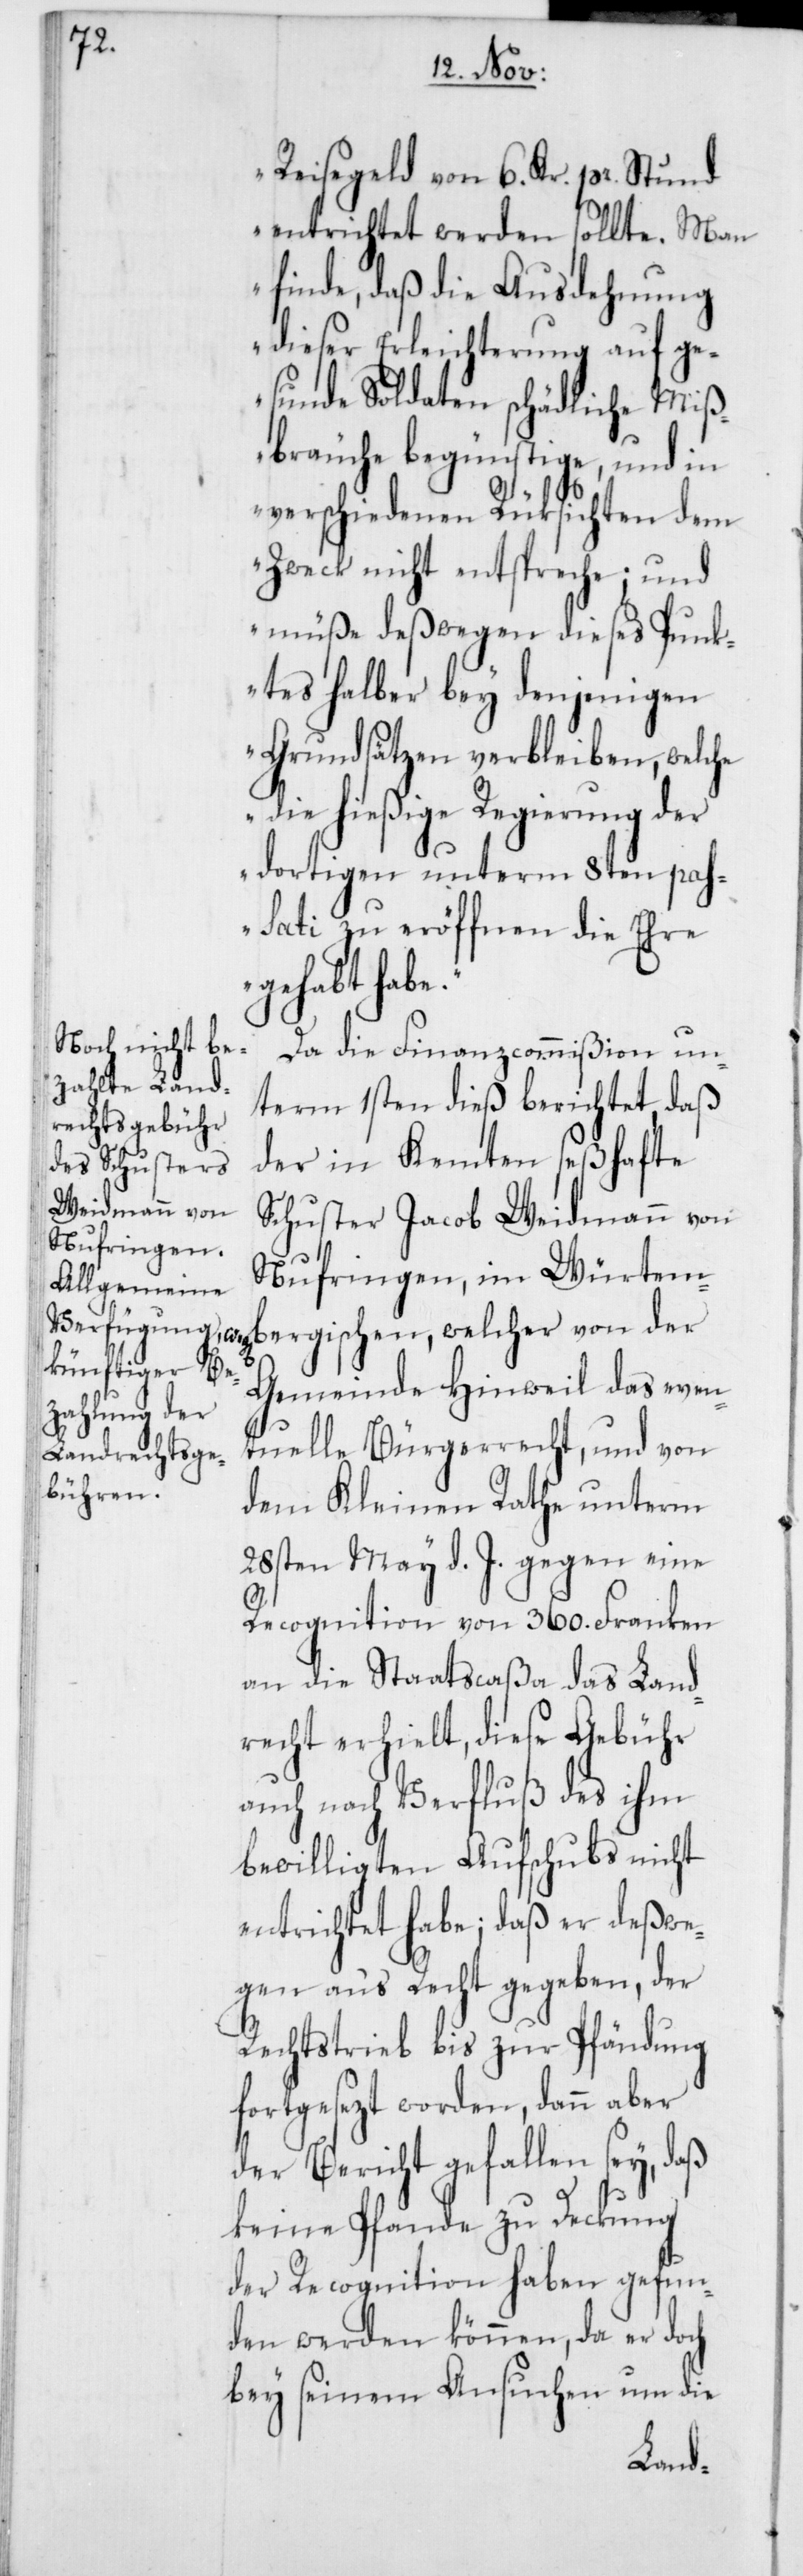
Reisegeld von 6. Kr. p. Stund
entrichtet werden sollte. Man
finde, daß die Ausdehnung
dieser Erleichterung auf ge¬
sunde Soldaten schädliche Miß¬
bergischen, welcher von der
verschiedenen Rüksichten dem
Zweck nicht entspreche; und
müße deßwegen dieses Punk¬
tes halber bey denjenigen
Grundsätzen verbleiben, welche
die hießige Regierung der
dortigen unterm 8ten pa¬
ssati zu eröffnen die Ehre
gehabt habe.“
Da die Finanzcommißion un¬
term 1sten dieß berichtet, daß
der in Kempten seßhafte
Schuster Jacob Weidmann von
Nufringen im Würtem¬
Gemeinde Hinweil das event¬
uelle Bürgerrecht, und von
dem Kleinen Rathe unterm
28sten May d. J. gegen eine
Recognition von 360. Franken
an die Staatscaßa das Land¬
recht erhielt, diese Gebühr
auch nach Verfluß des ihm
bewilligten Aufschubs nicht
entrichtet habe; daß er deßwe¬
gen an‘s Recht gegeben, der
Rechtstrieb bis zur Pfändung
fortgesezt worden, dann aber
der Bericht gefallen sey, daß
keine Pfande zu Deckung
der Recognition haben gefun¬
den werden können, da er doch
bey seinem Ansuchen um die